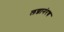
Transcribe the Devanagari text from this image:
लग्नानंरच